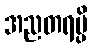
အညတရမ္ပိ